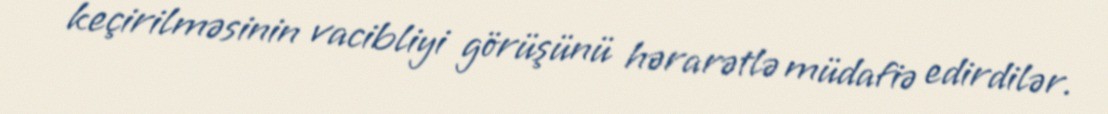
keçirilməsinin vacibliyi görüşünü hərarətlə müdafiə edirdilər.